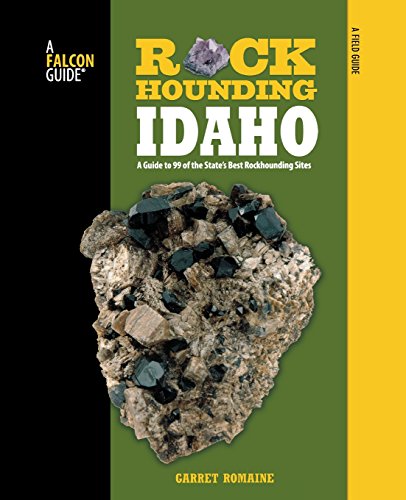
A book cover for Rockhounding Idaho: A Guide To 99 Of The State's Best Rockhounding Sites (Rockhounding Series); Garret Romaine; Science & Math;